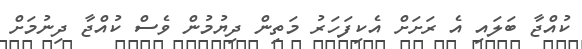
ކުއްޖާ ބަލައި އެ ރަށަށް އެކިފަހަރު މަތިން ދިޔުމުން ވެސް ކުއްޖާ ދިނުމަށް